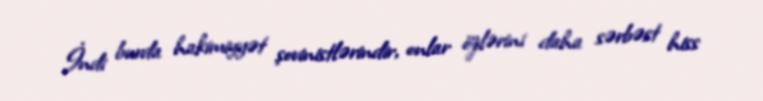
İndi burda hakimiyyət şovinistlərindir, onlar özlərini daha sərbəst hiss